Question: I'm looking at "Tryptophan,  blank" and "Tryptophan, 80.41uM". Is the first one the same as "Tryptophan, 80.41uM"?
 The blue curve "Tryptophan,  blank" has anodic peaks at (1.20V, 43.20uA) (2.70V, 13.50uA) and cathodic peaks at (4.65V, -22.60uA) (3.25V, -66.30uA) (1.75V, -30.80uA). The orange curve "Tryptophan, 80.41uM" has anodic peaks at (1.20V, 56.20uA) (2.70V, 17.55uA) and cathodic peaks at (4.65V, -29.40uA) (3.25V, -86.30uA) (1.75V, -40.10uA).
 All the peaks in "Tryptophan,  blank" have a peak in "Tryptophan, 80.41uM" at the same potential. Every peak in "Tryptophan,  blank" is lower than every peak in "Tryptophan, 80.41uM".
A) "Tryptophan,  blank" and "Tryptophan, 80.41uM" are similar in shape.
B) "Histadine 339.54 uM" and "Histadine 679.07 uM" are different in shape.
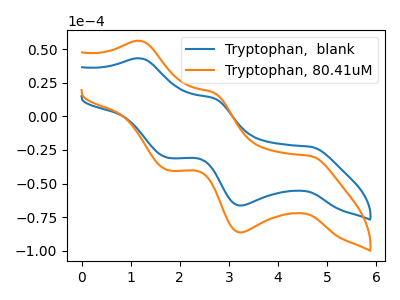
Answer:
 <answer>A) "Tryptophan,  blank" and "Tryptophan, 80.41uM" are similar in shape.</answer>
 <eval>A</eval>